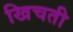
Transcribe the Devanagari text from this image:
खिचती